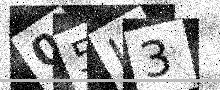
Text: 05I3